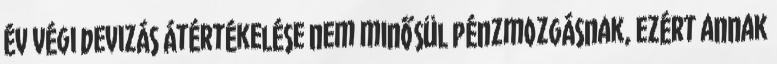
év végi devizás átértékelése nem minősül pénzmozgásnak, ezért annak